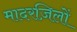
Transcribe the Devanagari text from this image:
मादरज़िलों